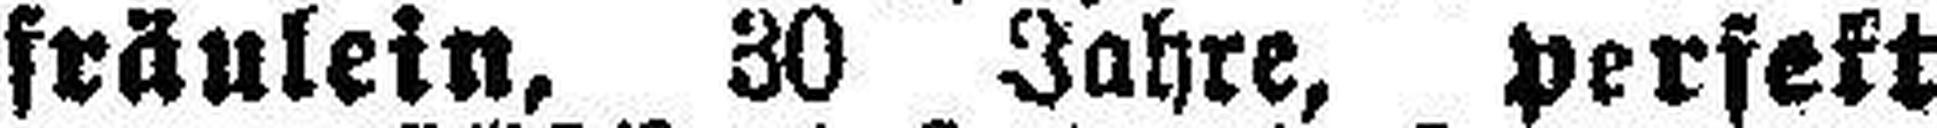
fräulein, 30 Jahre, perfekt